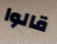
قالوا